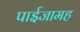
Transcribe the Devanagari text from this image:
पाईजामह